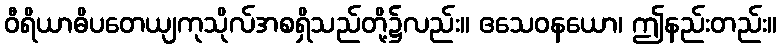
ဝီရိယာဓိပတေယျကုသိုလ်အစရှိသည်တို့၌လည်း။ ဧသေဝနယော၊ ဤနည်းတည်း။